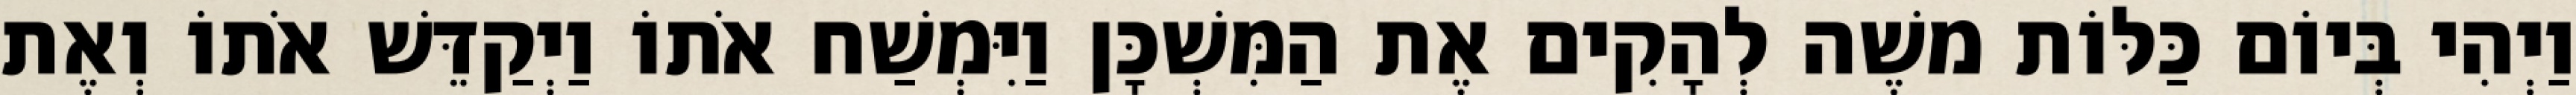
וַיְהִי בְּיוֹם כַּלּוֹת משֶׁה לְהָקִים אֶת הַמִּשְׁכָּן וַיִּמְשַׁח אֹתוֹ וַיְקַדֵּשׁ אֹתוֹ וְאֶת